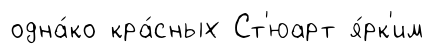
одна́ко кра́сных Ст'юарт я́рк'им